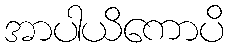
အာပါယိကောပိ